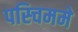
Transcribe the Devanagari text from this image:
पस्चिममे